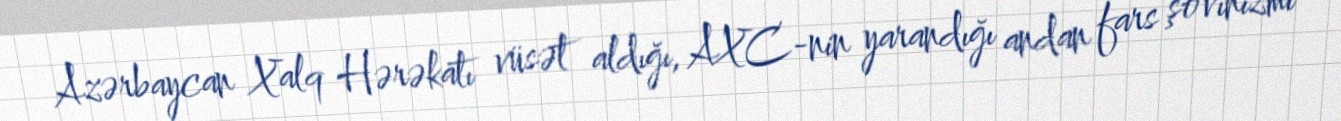
Azərbaycan Xalq Hərəkatı vüsət aldığı, AXC-nin yarandığı andan fars şovinizmi